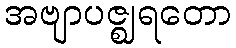
အဗျာပဇ္ဈရတော